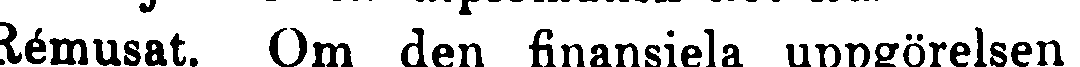
Rémusat. Om den finansiela uppgörelsen